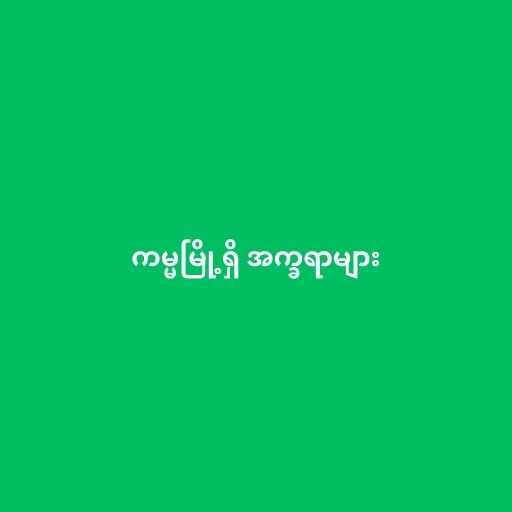
ကမ္မမြို့ရှိ အက္ခရာများ